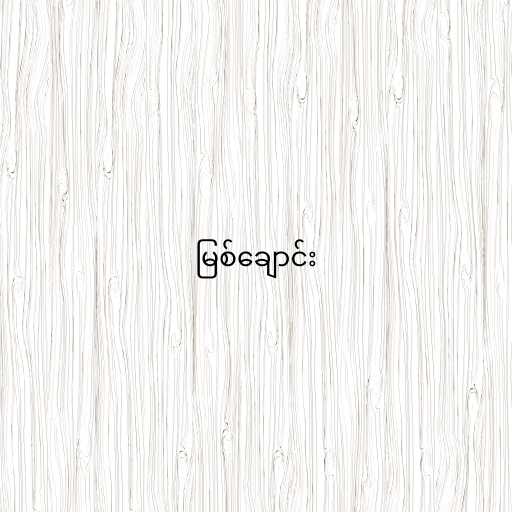
မြစ်ချောင်း